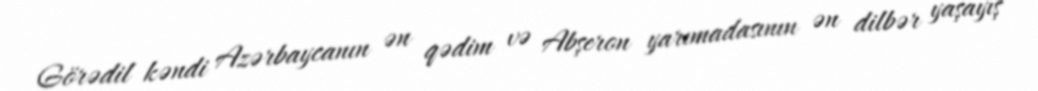
Görədil kəndi Azərbaycanın ən qədim və Abşeron yarımadasının ən dilbər yaşayış